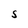
Character: S